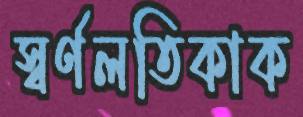
স্বর্ণলতিকাক